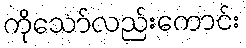
ကိုသော်လည်းကောင်း